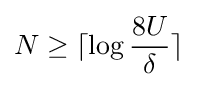
N\geq \lceil \log {\frac {8U}{\delta }}\rceil